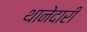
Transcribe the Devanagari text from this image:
थानेदारी